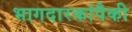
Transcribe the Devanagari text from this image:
भागदारकांपैकी